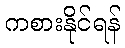
ကစားနိုင်ရန်